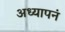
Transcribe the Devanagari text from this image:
अध्यापनं